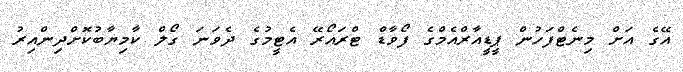
އޭގެ އަށް މިނެޓްފަހުން ޕީޑީއާރްއެމްގެ ފޯވާޑް ޓްރައޯރޭ އެޓީމުގެ ދެވަނަ ގޯލް ކާމިޔާބުކޮށްދިންއިރު